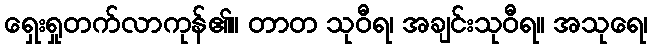
ရှေးရှုတက်လာကုန်၏။ တာတ သုဝီရ၊ အချင်းသုဝီရ။ အသုရေ၊